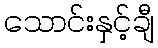
သောင်းနှင့်ချီ